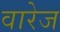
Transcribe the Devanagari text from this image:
वारेज